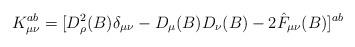
LaTeX: \begin{align*}K^{ab}_{\mu\nu} = [D^2_{\rho} (B) \delta_{\mu\nu} -D_{\mu} (B) D_{\nu} (B) - 2 \hat{F}_{\mu\nu} (B)]^{ab}\end{align*}